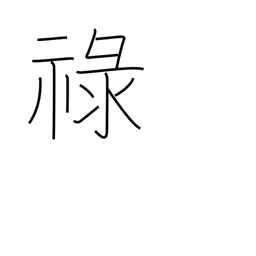
Meaning: allowance